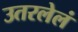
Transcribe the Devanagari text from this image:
उतरलेलं